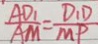
\frac { A D _ { 1 } } { A M } = \frac { D _ { 1 } D } { M P }